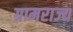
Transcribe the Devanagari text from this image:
ग्रामराज्य